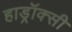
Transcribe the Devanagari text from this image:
हाड्रॉक्सी